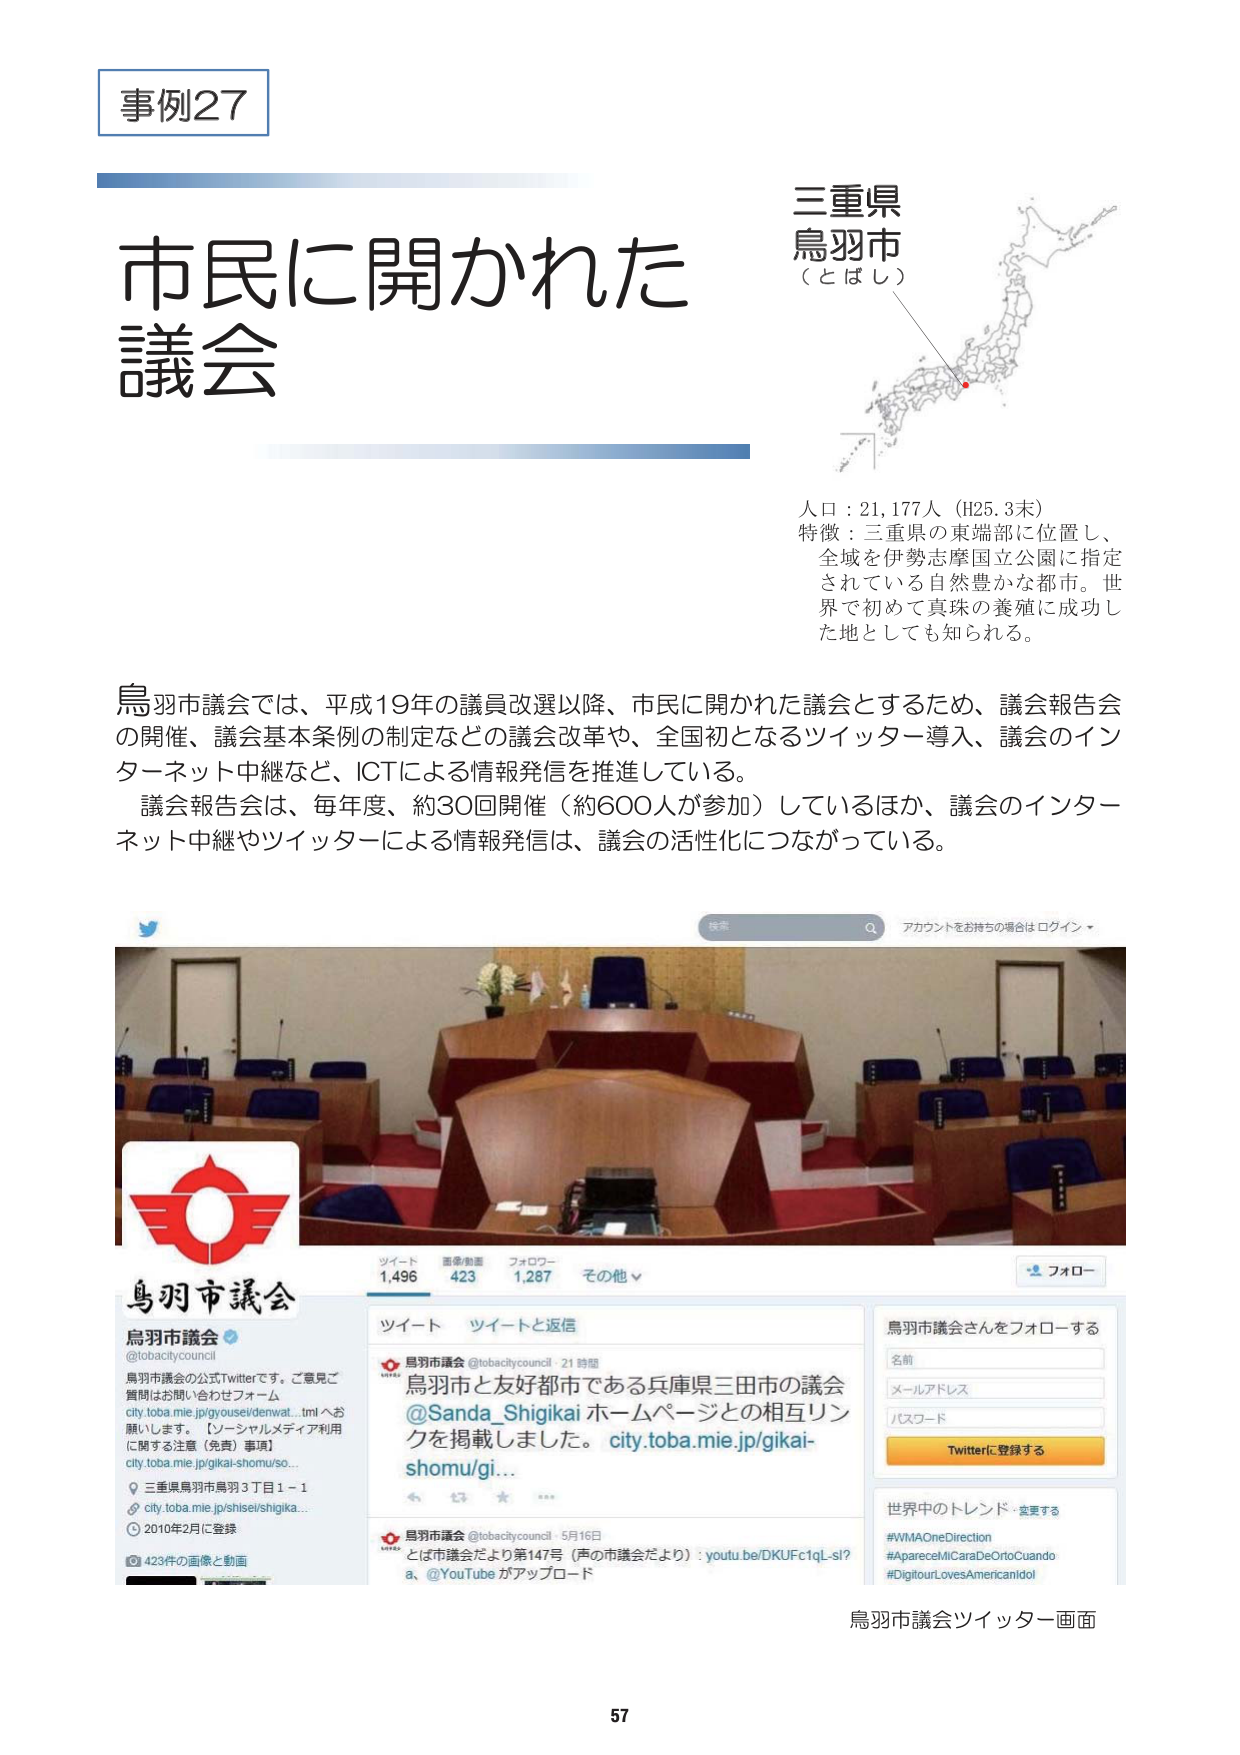
事例27

市民に開かれた
議会

三重県
鳥羽市
（とばし）

人口：21,177人（H25.3末）
特徴：三重県の東端部に位置し、
全域を伊勢志摩国立公園に指定
されている自然豊かな都市。世
界で初めて真珠の養殖に成功し
た地としても知られる。

鳥羽市議会では、平成19年の議員改選以降、市民に開かれた議会とするため、議会報告会
の開催、議会基本条例の制定などの議会改革や、全国初となるツイッター導入、議会のイン
ターネット中継など、ICTによる情報発信を推進している。
議会報告会は、毎年度、約30回開催（約600人が参加）しているほか、議会のインター
ネット中継やツイッターによる情報発信は、議会の活性化につながっている。

検索
アカウントをお持ちの場合はログイン ▼

鳥羽市議会
@tobacitycouncil
鳥羽市議会の公式Twitterです。ご意見ご
質問はお問い合わせフォーム
city.toba.mie.jp/gyousei/denwa...tml へお
願いします。【ソーシャルメディア利用
に関する注意（免責）事項】
city.toba.mie.jp/gikai-shomu/so...
📍三重県鳥羽市鳥羽3丁目1－1
🌐 city.toba.mie.jp/shisei/shigika...
📅 2010年2月に登録
📷 423件の画像と動画

ツイート
ツイートと返信

鳥羽市議会 @tobacitycouncil · 21 時間
鳥羽市と友好都市である兵庫県三田市の議会
@Sanda_Shigikai ホームページとの相互リン
クを掲載しました。 city.toba.mie.jp/gikai-
shomu/gi...

鳥羽市議会 @tobacitycouncil · 5月16日
とは市議会だより第147号（声の市議会だより）: youtube.be/DKUFc1qL-sI?
a、@YouTube がアップロード

鳥羽市議会さんをフォローする
名前
メールアドレス
パスワード
Twitterに登録する

世界中のトレンド - 変更する
#WMAOneDirection
#ApareceMiCaraDeOrtoCuando
#DigitourLovesAmericandol

ツイート 1,496
画像/動画 423
フォロワー 1,287
その他 ▼
フォロー

鳥羽市議会ツイッター画面

57